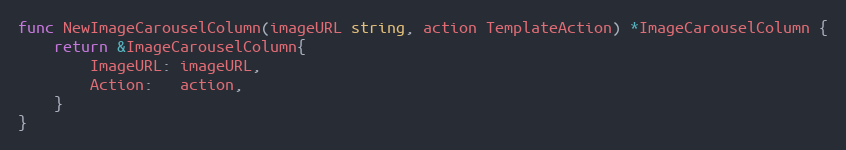
Language: Go
func NewImageCarouselColumn(imageURL string, action TemplateAction) *ImageCarouselColumn {
	return &ImageCarouselColumn{
		ImageURL: imageURL,
		Action:   action,
	}
}